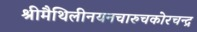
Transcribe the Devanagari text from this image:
श्रीमैथिलीनयनचारुचकोरचन्द्र